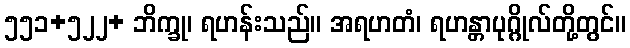
၅၅၁+၅၂၂+ ဘိက္ခု၊ ရဟန်းသည်။ အရဟတံ၊ ရဟန္တာပုဂ္ဂိုလ်တို့တွင်။